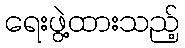
ရေးဖွဲ့ထားသည့်